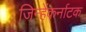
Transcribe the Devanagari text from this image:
जिन्हेंकर्नाटक